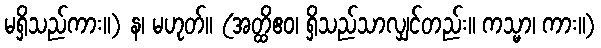
မရှိသည်ကား။) န၊ မဟုတ်။ (အတ္ထိဧဝ၊ ရှိသည်သာလျှင်တည်း။ ကသ္မာ၊ ကား။)